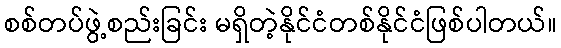
စစ်တပ်ဖွဲ့စည်းခြင်း မရှိတဲ့နိုင်ငံတစ်နိုင်ငံဖြစ်ပါတယ်။